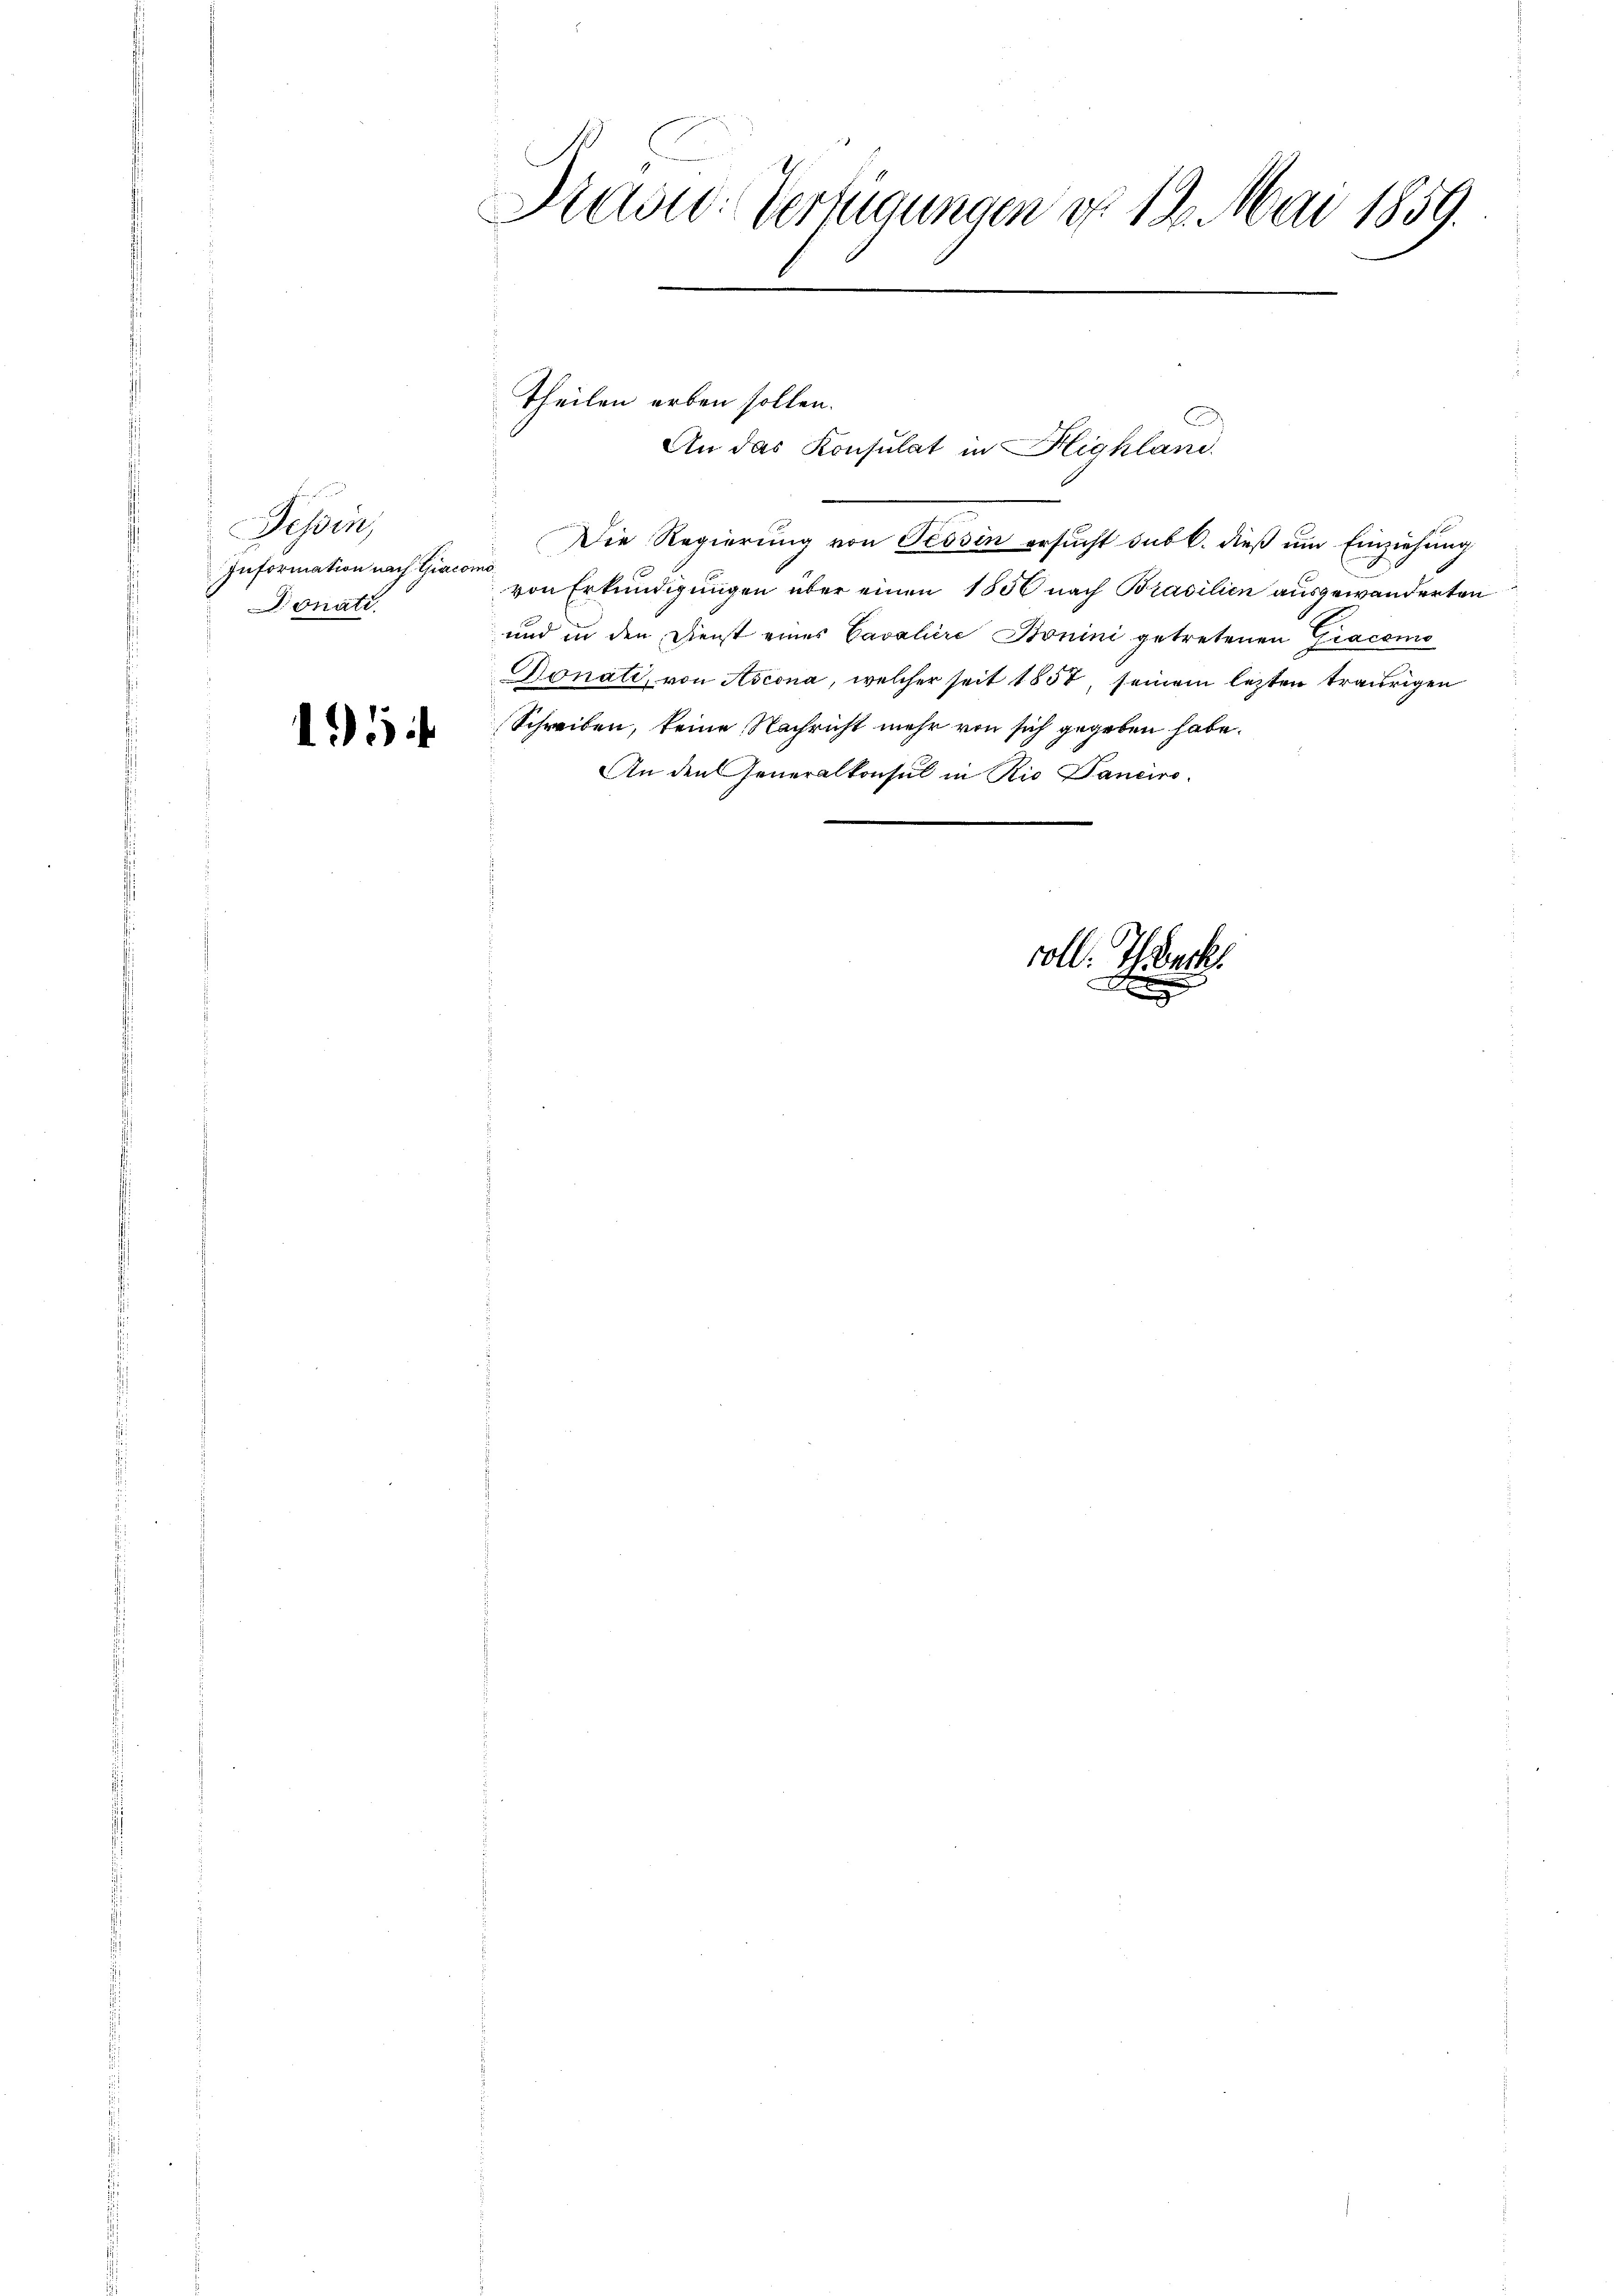
Tessin,
Information nach Giacomo
Donati

195

Radio-Verfügungen d. 12. Mai 1859.

Theilen erben sollen.
e
Die Regierung von Tessin ersucht sub 6. dieß um Einziehung
von Erkundigungen über einen 1856 nach Brasilien ausgewanderten
und in den Dienst eines Cavaliere Bonini getretenen Giacomo
Donate, von Ascona, welcher seit 1857, seinem lezten traurigen
Schreiben, keine Nachricht mehr von sich gegeben habe.
b
An den Generalkonsul in Rio Danciro-

C
An das Konsulat in Highland.

coll. Haeck